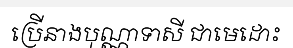
ប្រើនាងបុណ្ណាទាសី ជាមេដោះ